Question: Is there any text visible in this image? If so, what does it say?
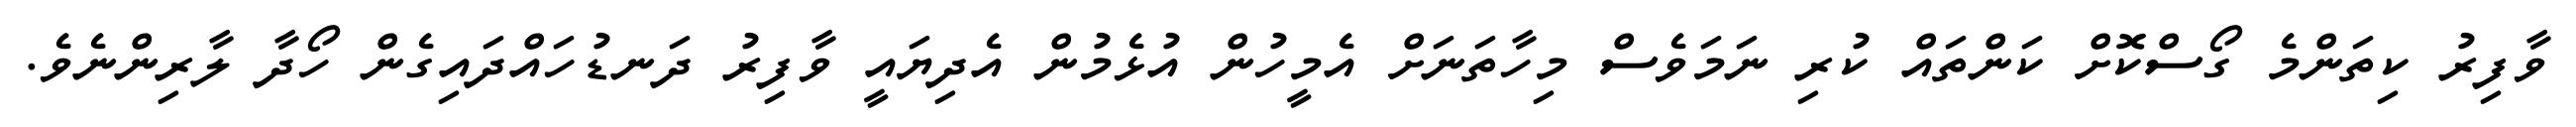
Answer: ވާފިރު ކިތަންމެ ގޯސްކޮށް ކަންތައް ކުރި ނަމަވެސް މިހާތަނަށް އެމީހުން އުޅެމުން އެދިޔައީ ވާފިރު ދަނޑުހައްދައިގެން ހޯދާ ލާރިންނެވެ.